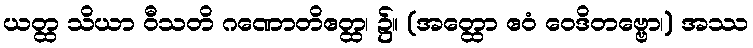
ယတ္ထ သိယာ ဝီသတိ ဂဏောတိဧတ္ထ၊ ၌။ (အတ္ထော ဧဝံ ဝေဒိတဗ္ဗော၊) အဿ